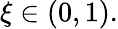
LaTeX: \xi\in\left(0,1\right).